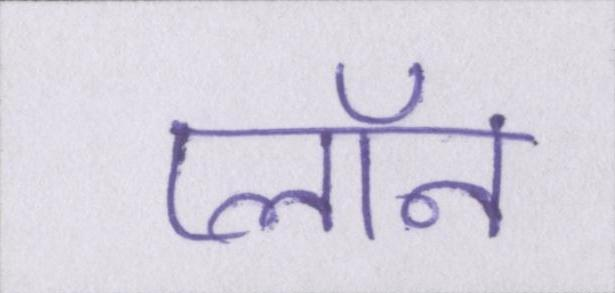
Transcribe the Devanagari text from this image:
प्लॉन